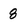
Character: 8